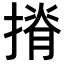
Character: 𢱣